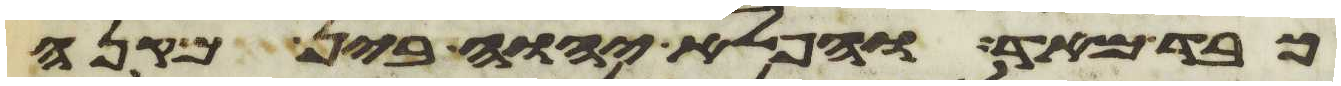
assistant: כבד מאד והפלא יהוה בין מקנה